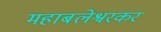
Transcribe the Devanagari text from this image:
महाबलेश्वरकर